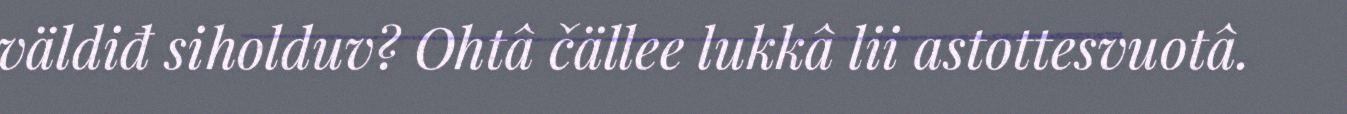
väldiđ siholduv? Ohtâ čällee lukkâ lii astottesvuotâ.